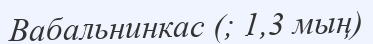
Вабальнинкас (; 1,3 мың)